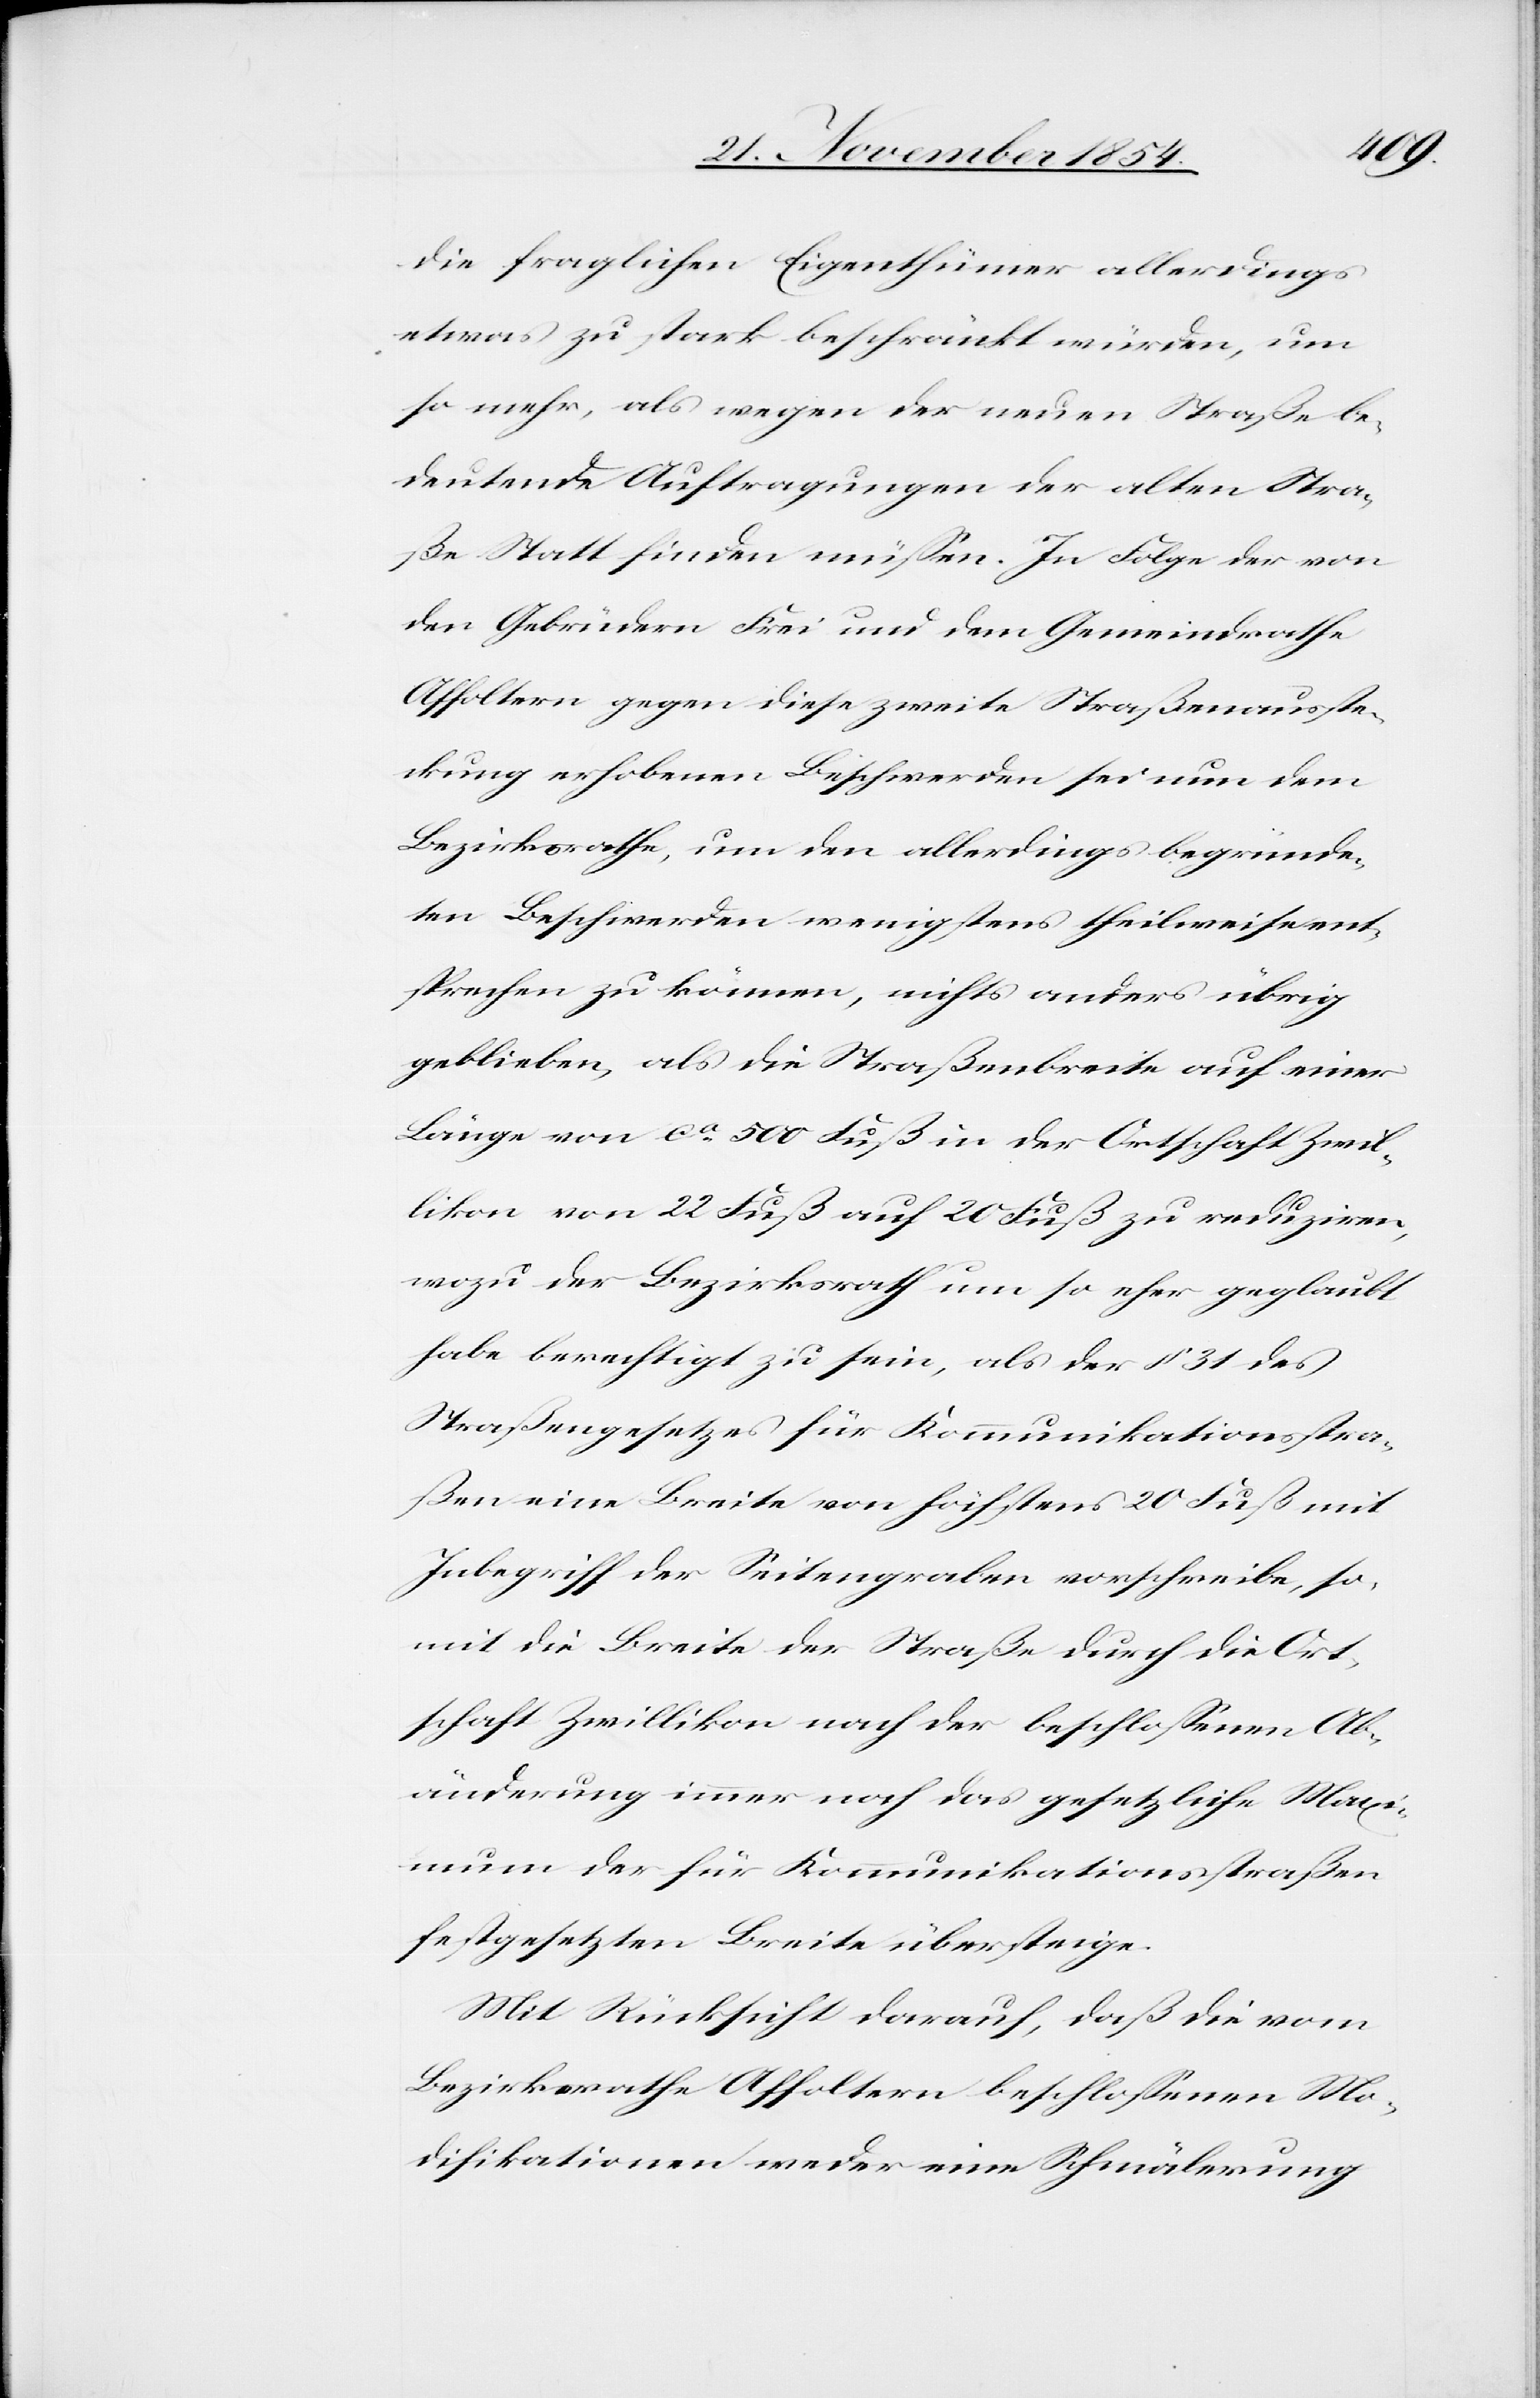
die fraglichen Eigenthümer allerdings
etwas zu stark beschränkt würden, um
so mehr, als wegen der neuen Straße be¬
deutende Auftragungen der alten Stra¬
ße Statt finden müßen. In Folge der von
den Gebrüdern Frei und dem Gemeindrathe
Affoltern gegen diese zweite Straßenausste¬
ckung erhobenen Beschwerden sei nun dem
Bezirksrathe, um den allerdings begründe¬
ten Beschwerden wenigstens theilweise ent¬
sprechen zu können, nichts anders übrig
geblieben, als die Straßenbreite auf einer
Länge von ca 500 Fuß in der Ortschaft Zwil¬
likon von 22 Fuß auf 20 Fuß zu reduziren,
wozu der Bezirksrath um so eher geglaubt
habe berechtigt zu sein, als der § 31 des
Straßengesetzes für Kommunikationsstra¬
ßen eine Breite von höchstens 20 Fuß mit
Inbegriff der Seitengräben vorschreibe, so¬
mit die Breite der Straße durch die Ort¬
schaft Zwillikon nach der beschloßenen Ab¬
änderung immer noch das gesetzliche Maxi¬
mum der für Kommunikationsstraßen
festgesetzten Breite übersteige.
Mit Rücksicht darauf, daß die vom
Bezirksrathe Affoltern beschloßenen Mo¬
difikationen weder eine Schmälerung